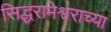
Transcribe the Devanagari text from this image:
सिद्धरामेश्वराच्या